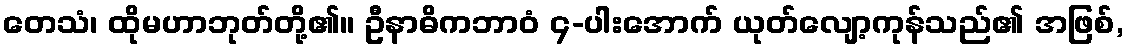
တေသံ၊ ထိုမဟာဘုတ်တို့၏။ ဦနာဓိကဘာဝံ ၄-ပါးအောက် ယုတ်လျော့ကုန်သည်၏ အဖြစ်,